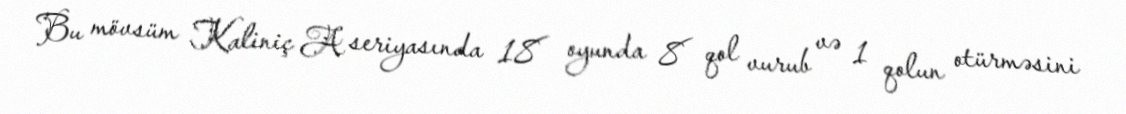
Bu mövsüm Kaliniç A seriyasında 18 oyunda 8 qol vurub və 1 qolun otürməsini